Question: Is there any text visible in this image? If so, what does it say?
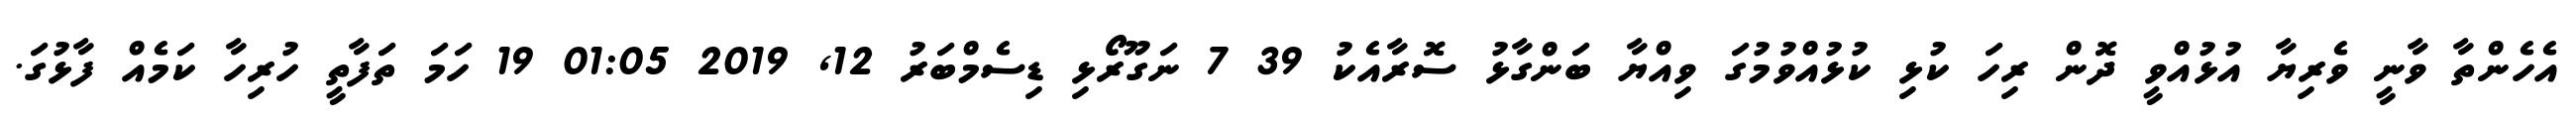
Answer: އެހެންތާ ވާނީ ވެރިޔާ އުޅުއްވީ ދޮން ރިހަ ކުޅި ކުޅުއްވުމުގަ ވިއްޔާ ބަންގާޅު ސޮރާއެކު 39 7 ނަގޫރޯޅި ޑިސެމްބަރު 12, 2019 01:05 19 ހަމަ ތަފާތީ ހުރިހާ ކަމެއް ފާޅުގަ.